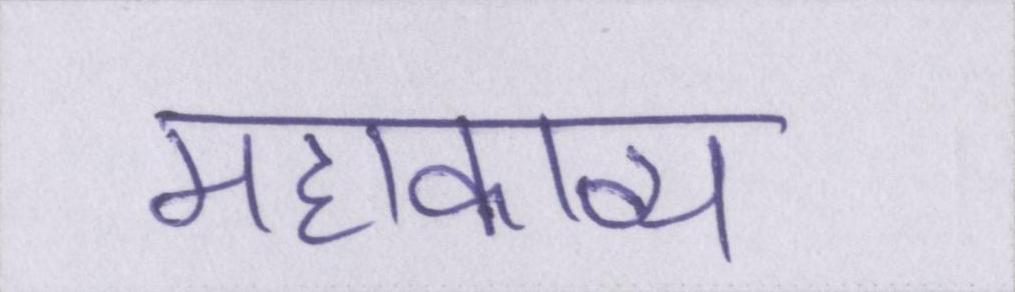
महाकाव्य